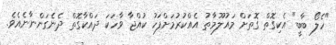
"ހެލޯ ބާބީ" އެކިގޮތް ގޮތަށް މައުލޫމާތު އެއްކުރުމަށްފަހު ކުއްޖާ ވާހަކަ ދައްކާގޮތް ދެނެގަންނާނެއެވެ.